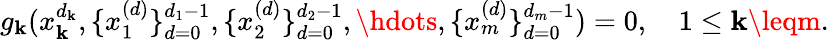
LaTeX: g_{\mathbf{k}}(x_{\mathbf{k}}^{d_{\mathbf{k}}},\{ x_{1}^{(d)}\} _{d=0}^{d_{1}-1},\{ x_{2}^{(d)}\} _{d=0}^{d_{2}-1},\hdots,\{ x_{m}^{(d)}\} _{d=0}^{d_{m}-1})=0,\quad1\leq\mathbf{k}\leqm.